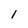
Character: 1